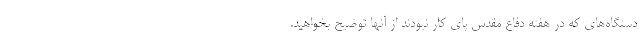
دستگاه‌های که در هفته دفاع مقدس پای کار نبودند از آنها توضیح بخواهید.